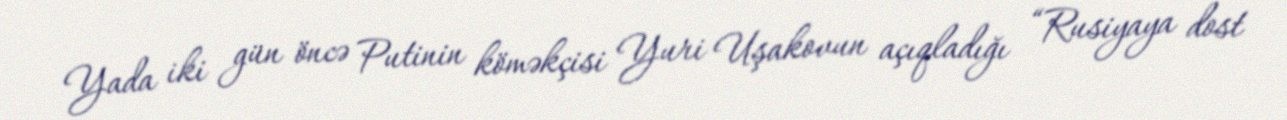
Yada iki gün öncə Putinin köməkçisi Yuri Uşakovun açıqladığı “Rusiyaya dost